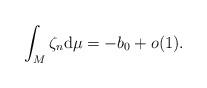
LaTeX: \begin{align*}{\int_M\zeta_n\mathrm{d}\mu=-b_0+o(1).}\end{align*}